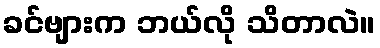
ခင်ဗျားက ဘယ်လို သိတာလဲ။